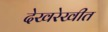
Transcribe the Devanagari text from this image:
देखरेखीत